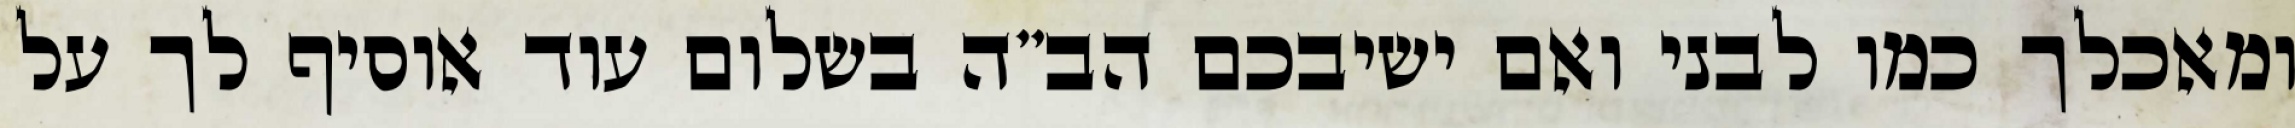
ומאכלך כמו לבני ואם ישיבכם הב”ה בשלום עוד אוסיף לך על